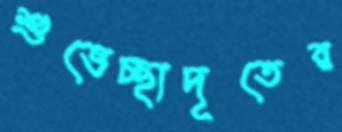
শুভেচ্ছাদূতের